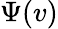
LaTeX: \Psi(v)